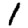
Digit: 1